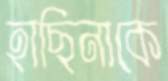
হাছিনাকে